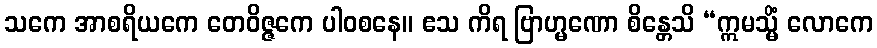
သကေ အာစရိယကေ တေဝိဇ္ဇကေ ပါဝစနေ။ ဧသ ကိရ ဗြာဟ္မဏော စိန္တေသိ “ဣမသ္မိံ လောကေ